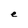
Character: e